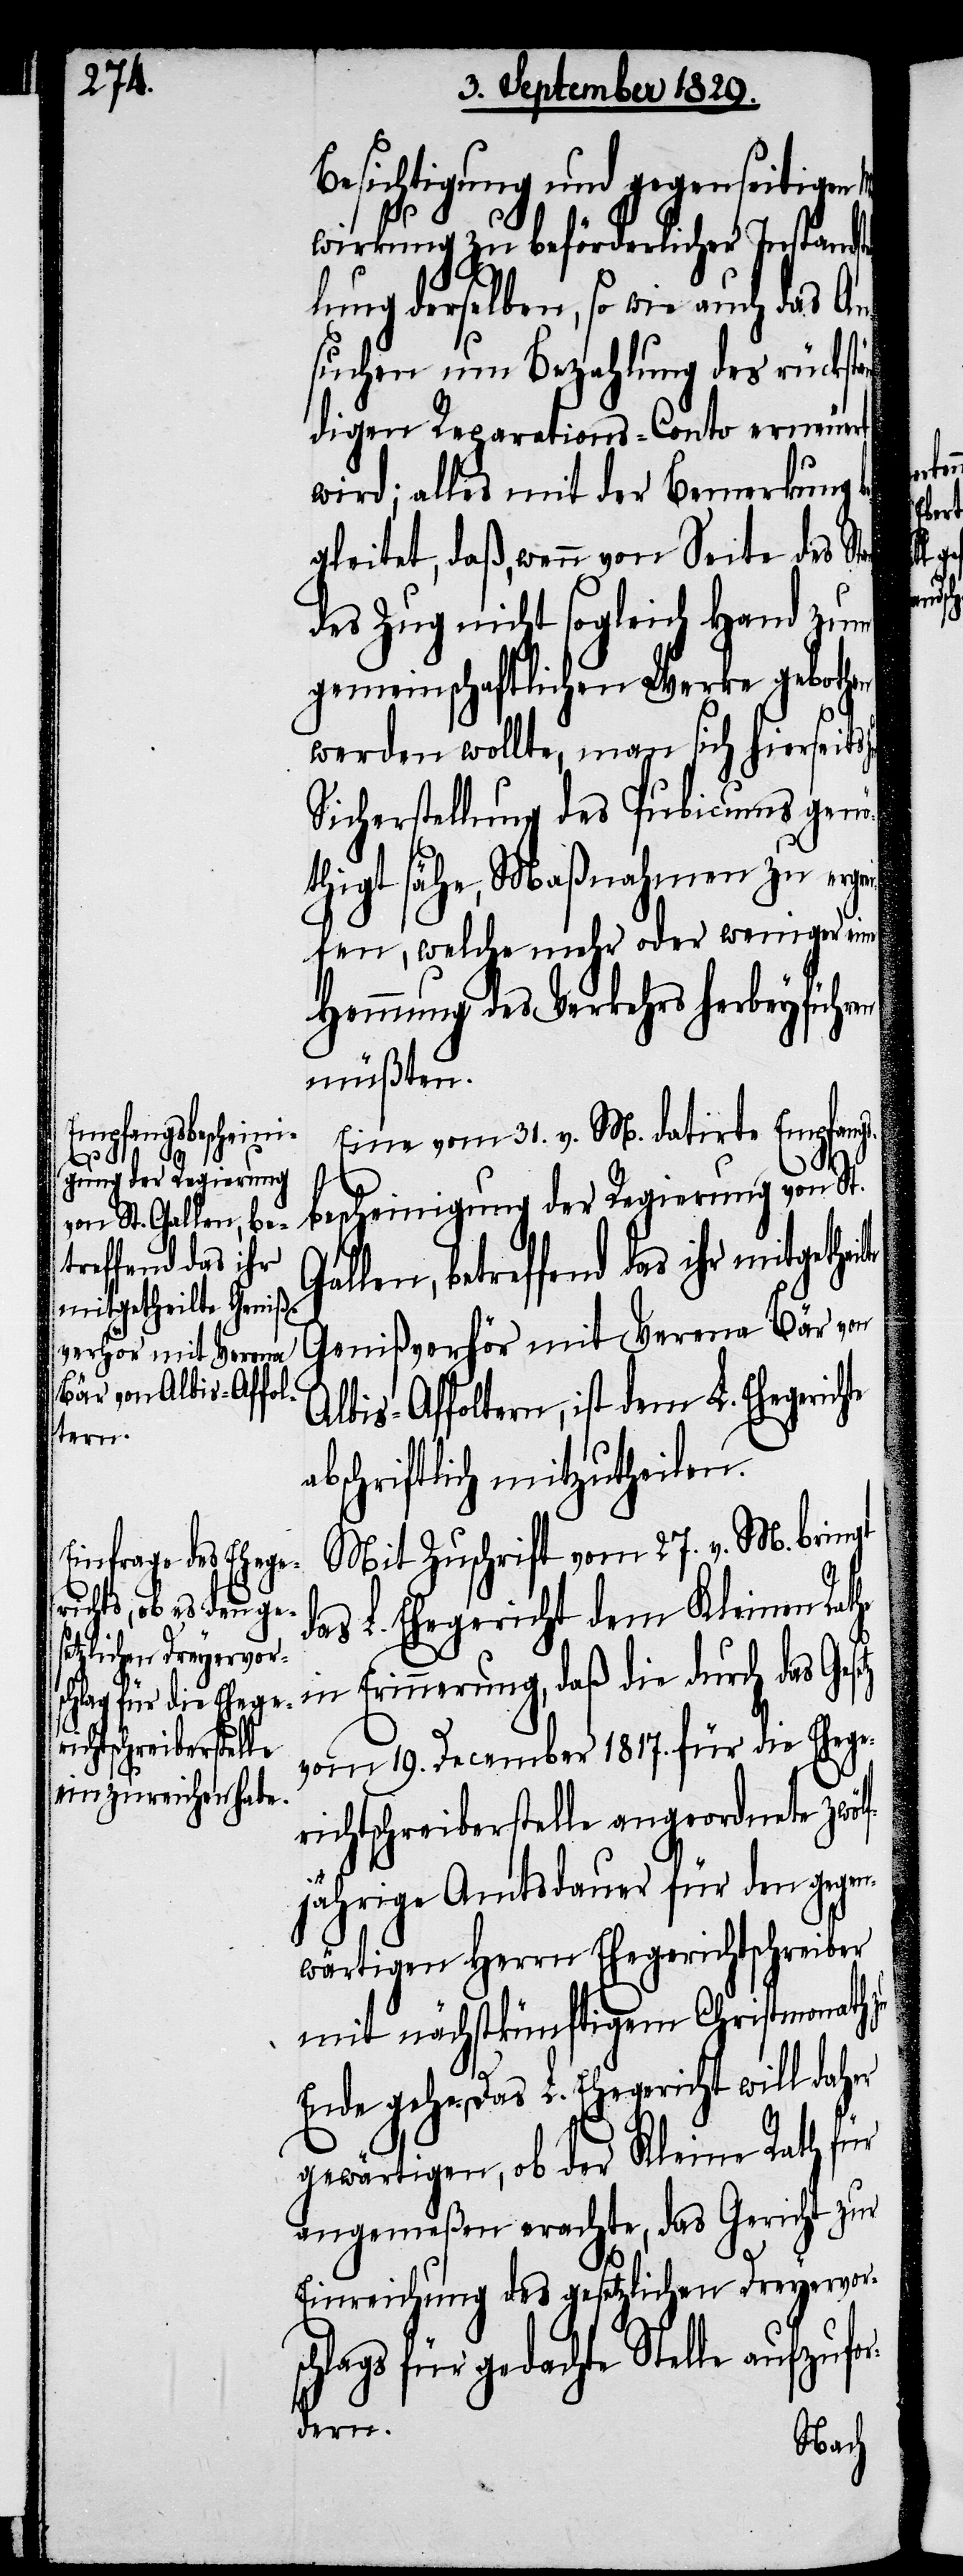
Besichtigung und gegenseitigen
wirkung zu beförderlicher Instand¬
lung derselben, so wie auch das An¬
suchen um Bezahlung des rückstän¬
digen Reparations-Conto erneuert
wird; alles mit der Bemerkung
gleitet, daß, wenn von Seite des St¬
des Zug nicht sogleich Hand zum
gemeinschaftlichen Werke gebothen
werden wollte, man sich hierseits
Sicherstellung des Pub[l]icums genö¬
thigt sähe, Maßnahmen zu ergre¬
ifen, welche mehr oder weniger eine
Hemmung des Verkehrs herbeyführen
müßten.
ngsbescheini¬
Eine vom 31. v. M. datirte Empfa¬
gung der Regierung
von St. Gallen, be¬
treffend das ihr
daß die durch das Gesetz
mitgetheilte
Genißverhör mit Verena Bär von
Albis-Affoltern, ist dem L. Ehegerich¬
abschriftlich mitzutheilen.
Mit Zuschrift vom 27. v. M. bringt
das L. Ehegericht dem Kleinen Rathe
vom 19. December 1817. für die Ehege¬
richtschreiberstelle angeordnete zwöl¬
fjährige Amtsdauer für den gegen¬
wärtigen Herrn Ehegerichtschreiber
mit nächstkünftigem Christmonath zu
Ende gehe. Das L. Ehegericht will daher
gewärtigen, ob der Kleine Rath für
angemeßen erachte, das Gericht zur
Einreichung des gesetzlichen Dreyervors¬
chlags für gedachte Stelle aufzuf¬
dern.

or¬
be¬
erung,